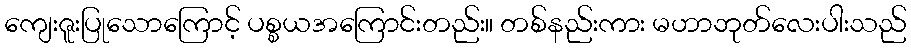
ကျေးဇူးပြုသောကြောင့် ပစ္စယအကြောင်းတည်း။ တစ်နည်းကား မဟာဘုတ်လေးပါးသည်